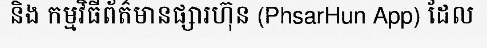
និង កម្មវិធីព័ត៌មានផ្សារហ៊ុន (PhsarHun App) ដែល